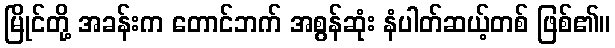
မြိုင်တို့ အခန်းက တောင်ဘက် အစွန်ဆုံး နံပါတ်ဆယ့်တစ် ဖြစ်၏။